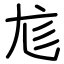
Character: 尨